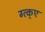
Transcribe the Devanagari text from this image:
ग्त्क्ए